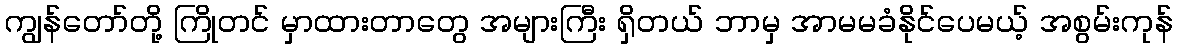
ကျွန်တော်တို့ ကြိုတင် မှာထားတာတွေ အများကြီး ရှိတယ် ဘာမှ အာမမခံနိုင်ပေမယ့် အစွမ်းကုန်